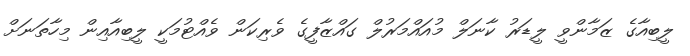
ލީބިއާގެ ޒަމާންވީ ލީޑަރު ކާނަލް މުއައްމަރުލް ގައްޒާފީގެ ވެރިކަން ވެއްޓުމަކީ ލީބިއާއިން މިހާތަނަށް